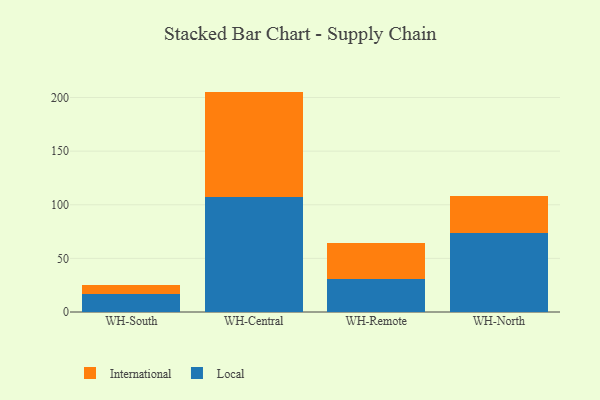
{"axis": {"x": "Warehouse", "y": "Operating Costs (USD K)"}, "legend": ["International", "Local"], "data": [{"x": "WH-South", "y": 16.4, "type": "Local"}, {"x": "WH-South", "y": 9.1, "type": "International"}, {"x": "WH-Central", "y": 107.2, "type": "Local"}, {"x": "WH-Central", "y": 98.3, "type": "International"}, {"x": "WH-Remote", "y": 30.7, "type": "Local"}, {"x": "WH-Remote", "y": 33.7, "type": "International"}, {"x": "WH-North", "y": 73.2, "type": "Local"}, {"x": "WH-North", "y": 34.8, "type": "International"}]}